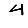
Digit: 4